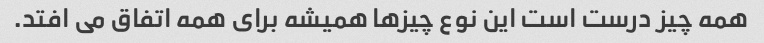
همه چیز درست است این نوع چیزها همیشه برای همه اتفاق می افتد.